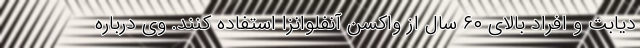
دیابت و افراد بالای ۶۰ سال از واکسن آنفلوانزا استفاده کنند. وی درباره